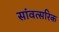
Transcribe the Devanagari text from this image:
सांवत्सरिक